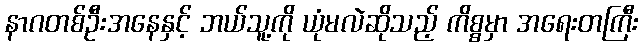
နာဂတစ်ဦးအနေနှင့် ဘယ်သူ့ကို ယုံမလဲဆိုသည့် ကိစ္စမှာ အရေးတကြီး